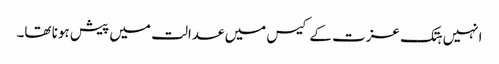
انہیں ہتک عزت کے کیس میں عدالت میں پیش ہونا تھا۔